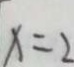
x = 2